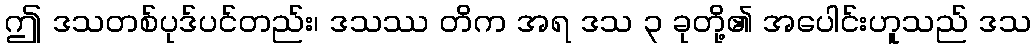
ဤ ဒသတစ်ပုဒ်ပင်တည်း၊ ဒသဿ တိက အရ ဒသ ၃ ခုတို့၏ အပေါင်းဟူသည် ဒသ